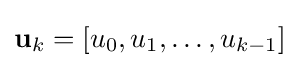
\mathbf {u} _{k}=\left[u_{0},u_{1},\dots ,u_{k-1}\right]